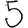
Digit: 5